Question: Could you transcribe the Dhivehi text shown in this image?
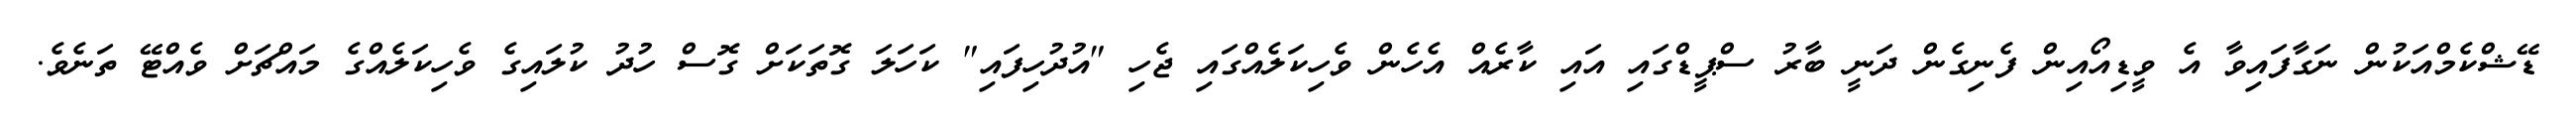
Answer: ޑޭޝްކެމްއަކުން ނަގާފައިވާ އެ ވީޑިއޯއިން ފެނިގެން ދަނީ ބާރު ސްޕީޑްގައި އައި ކާރެއް އެހެން ވެހިކަލެއްގައި ޖެހި "އުދުހިފައި" ކަހަލަ ގޮތަކަށް ގޮސް ހުދު ކުލައިގެ ވެހިކަލެއްގެ މައްޗަށް ވެއްޓޭ ތަނެވެ.